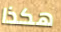
هكذا